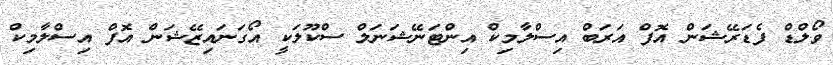
ވޯލްޑް ފެޑަރޭޝަން އޮފް އަރަބް އިސްލާމިކް އިންޓަނޭޝަނަލް ސްކޫލަކީ އޯގަނައިޒޭޝަން އޮފް އިސްލާމިކް